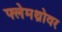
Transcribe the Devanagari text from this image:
फ्लेमथ्रोवर